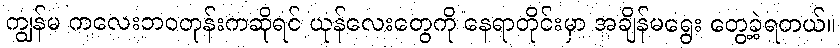
ကျွန်မ ကလေးဘဝတုန်းကဆိုရင် ယုန်လေးတွေကို နေရာတိုင်းမှာ အချိန်မရွေး တွေ့ခဲ့ရတယ်။